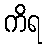
ကိရ